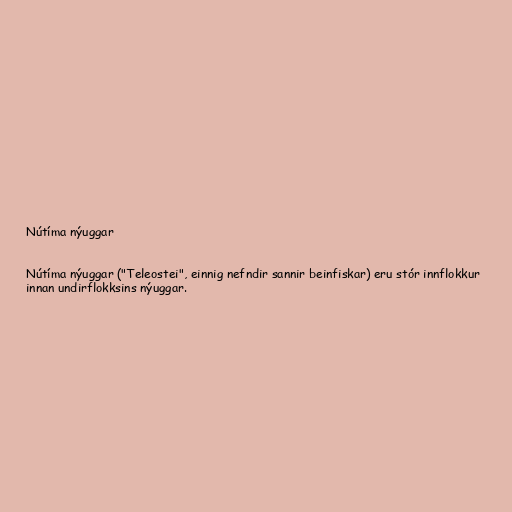
Nútíma nýuggar

Nútíma nýuggar ("Teleostei", einnig nefndir sannir beinfiskar) eru stór innflokkur
innan undirflokksins nýuggar.